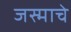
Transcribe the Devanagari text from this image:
जस्माचे